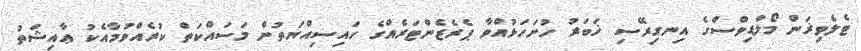
ޓެލެވިޜަން މޯލްޑިވްސްގެ އިނގިރޭސި ޚަބަރު ހުށަހަޅުއްވާ ޕެރެޒެންޓަރެއްގެ ހައިސިއްޔަތުން މަސައްކަތް ކުރެއްވުމާއެކު ޢާއިޝަތު